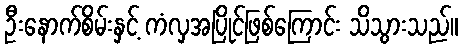
ဦးနောက်စိမ်းနှင့် ကံလှအပြိုင်ဖြစ်ကြောင်း သိသွားသည်။